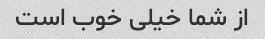
از شما خیلی خوب است